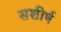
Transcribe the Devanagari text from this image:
सशीर्ष